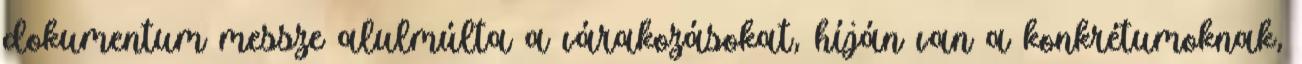
dokumentum messze alulmúlta a várakozásokat, híján van a konkrétumoknak,